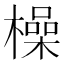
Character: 橾